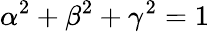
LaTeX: \alpha^{2}+\beta^{2}+\gamma^{2}=1